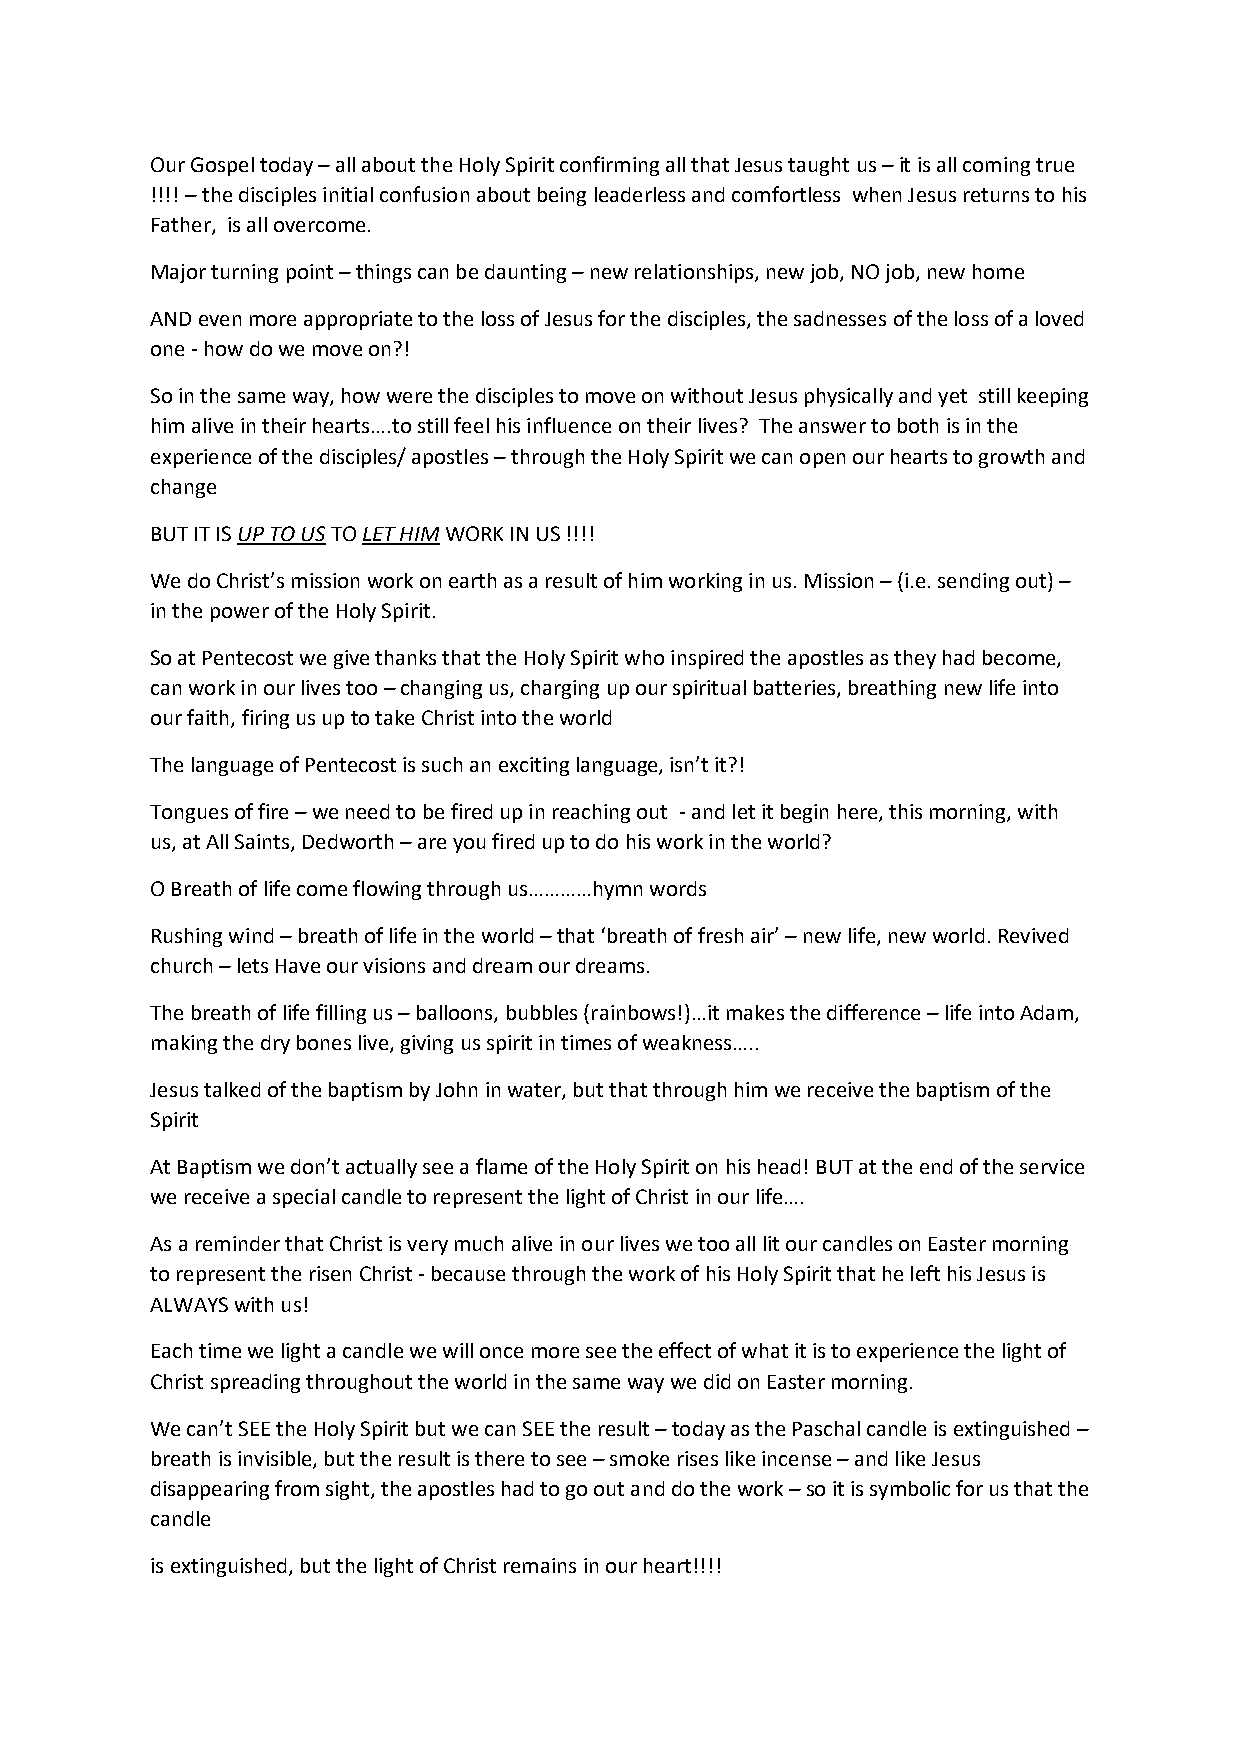
Our Gospel today – all about the Holy Spirit confirming all that Jesus taught us – it is all coming true
 !!!! – the disciples initial confusion about being leaderless and comfortless when Jesus returns to his
 Father, is all overcome.
 Major turning point – things can be daunting – new relationships, new job, NO job, new home
 AND even more appropriate to the loss of Jesus for the disciples, the sadnesses of the loss of a loved
 one - how do we move on?!
 So in the same way, how were the disciples to move on without Jesus physically and yet still keeping
 him alive in their hearts….to still feel his influence on their lives? The answer to both is in the
 experience of the disciples/ apostles – through the Holy Spirit we can open our hearts to growth and
 change
 BUT IT IS UP TO US TO LET HIM WORK IN US !!!!
 We do Christ’s mission work on earth as a result of him working in us. Mission – (i.e. sending out) –
 in the power of the Holy Spirit.
 So at Pentecost we give thanks that the Holy Spirit who inspired the apostles as they had become,
 can work in our lives too – changing us, charging up our spiritual batteries, breathing new life into
 our faith, firing us up to take Christ into the world
 The language of Pentecost is such an exciting language, isn’t it?!
 Tongues of fire – we need to be fired up in reaching out - and let it begin here, this morning, with
 us, at All Saints, Dedworth – are you fired up to do his work in the world?
 O Breath of life come flowing through us…………hymn words
 Rushing wind – breath of life in the world – that ‘breath of fresh air’ – new life, new world. Revived
 church – lets Have our visions and dream our dreams.
 The breath of life filling us – balloons, bubbles (rainbows!)…it makes the difference – life into Adam,
 making the dry bones live, giving us spirit in times of weakness…..
 Jesus talked of the baptism by John in water, but that through him we receive the baptism of the
 Spirit
 At Baptism we don’t actually see a flame of the Holy Spirit on his head! BUT at the end of the service
 we receive a special candle to represent the light of Christ in our life….
 As a reminder that Christ is very much alive in our lives we too all lit our candles on Easter morning
 to represent the risen Christ - because through the work of his Holy Spirit that he left his Jesus is
 ALWAYS with us!
 Each time we light a candle we will once more see the effect of what it is to experience the light of
 Christ spreading throughout the world in the same way we did on Easter morning.
 We can’t SEE the Holy Spirit but we can SEE the result – today as the Paschal candle is extinguished –
 breath is invisible, but the result is there to see – smoke rises like incense – and like Jesus
 disappearing from sight, the apostles had to go out and do the work – so it is symbolic for us that the
 candle
 is extinguished, but the light of Christ remains in our heart!!!!